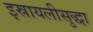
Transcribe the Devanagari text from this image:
इस्रायलीसुद्धा